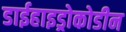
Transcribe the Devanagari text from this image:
डाईहाइड्रोकोडीन